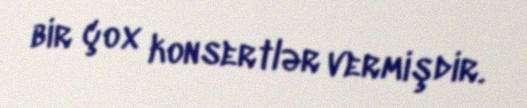
bir çox konsertlər vermişdir.